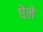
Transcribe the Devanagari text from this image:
घेले